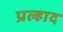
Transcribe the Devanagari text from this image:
प्रल्‍हाद